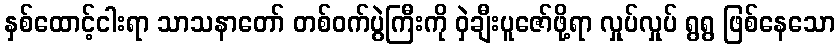
နှစ်ထောင့်ငါးရာ သာသနာတော် တစ်ဝက်ပွဲကြီးကို ဝှဲချီးပူဇော်ဖို့ရာ လှုပ်လှုပ် ရွရွ ဖြစ်နေသော